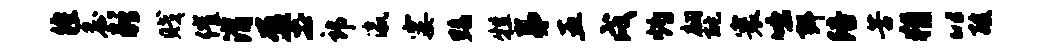
徨詹彭贱催潸盈土郎瀛霎黝牲弟五戌灼翩酡寰咄弭陪苦猾以酸